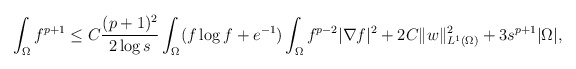
\begin{align*}\begin{aligned}\int_{\Omega}f^{p +1}\le C\frac{(p+1)^{2}}{2\log s}\int_{\Omega} (f\log f+e^{-1})\int_{\Omega}f^{p -2}|\nabla f|^{2}+2C\| w\|_{L^{1}(\Omega)}^{2}+3s^{p +1}|\Omega|,\end{aligned}\end{align*}